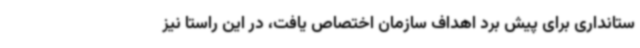
ستانداری برای پیش برد اهداف سازمان اختصاص یافت، در این راستا نیز